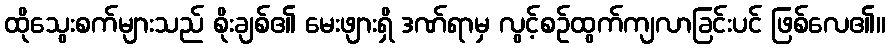
ထိုသွေးစက်များသည် စိုးချစ်၏ မေးဖျားရှိ ဒဏ်ရာမှ လွင့်စဉ်ထွက်ကျလာခြင်းပင် ဖြစ်လေ၏။